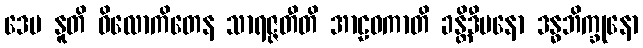
ဒေမ နူတိ ဝိလောကိတေန သာရဇ္ဇတီတိ အာဠဝကာတိ ခန္တိဒီပနော ဒန္ဓဘိက္ခုနော